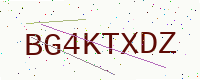
Text: BG4KTXDZ